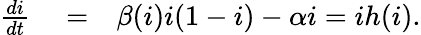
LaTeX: \begin{array}{rlr}{\frac{di}{dt}}&{{}=}&{\beta(i)i(1-i)-\alpha i=ih(i).}\end{array}